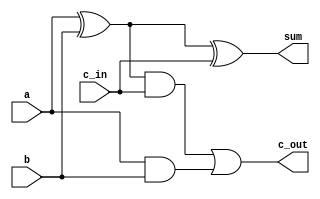
module rca_fa(sum, c_out, a, b, c_in);
  output sum, c_out;
  input a, b, c_in;
  wire s1, c1, c2;
  xor x1(s1, a, b);
  and a1(c1, a, b);
  xor x2(sum, s1, c_in);
  and a2(c2, s1, c_in);
  or o1(c_out, c2, c1);
endmodule